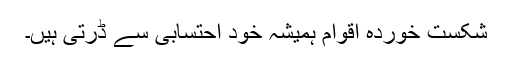
شکست خوردہ اقوام ہمیشہ خود احتسابی سے ڈرتی ہیں۔